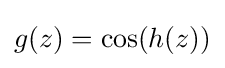
{\textstyle g(z)=\cos(h(z))}